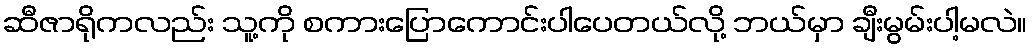
ဆီဇာရိုကလည်း သူ့ကို စကားပြောကောင်းပါပေတယ်လို့ ဘယ်မှာ ချီးမွမ်းပါ့မလဲ။